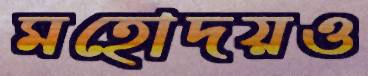
মহোদয়ও